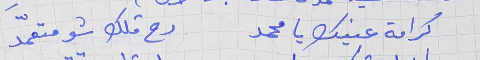
كرامة عينك يا محمد      رح قلك شو متعمَّد